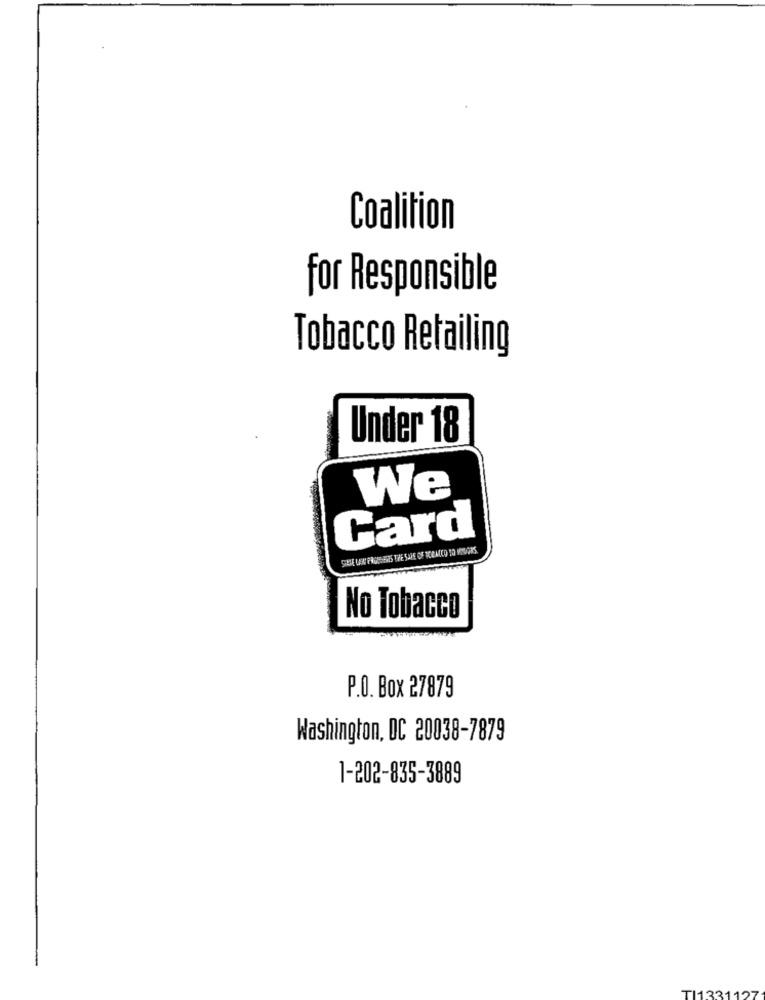
Coalition
for Responsible
Tobacco Retailing
Under 18
We
Card
No Tobacco
P.O. Box 27879
Washington, DC 20038-7879
1-202-835-3889
TI133112'